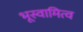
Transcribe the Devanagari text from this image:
भूस्वामित्व